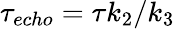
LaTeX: \tau_{echo}=\tau k_{2}/k_{3}